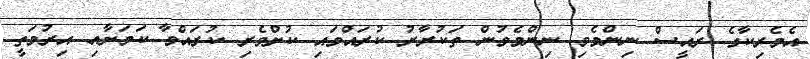
އެމެރިކާގެ ރައީސް ނިންމެވި ނިންމެވުން ތަކުރާރު ކުރައްވައި ކުށްވެރި ކުރައްވާ ކަމަށާއި އިރުމަތީ